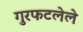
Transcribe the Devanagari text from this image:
गुरफटलेले